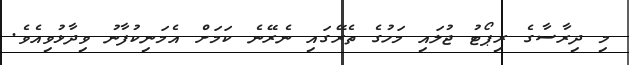
މި ދިރާސާގެ ރިޕޯޓު ޖުލައި މަހުގެ ތެރޭގައި ނެރޭނެ ކަަމަށް އެމަނިކުފާނު ވިދާޅުވިއެވެ.